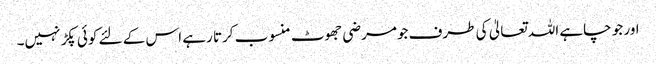
اور جو چاہے اللہ تعالیٰ کی طرف جومرضی جھوٹ منسوب کرتا رہے اس کے لئے کوئی پکڑ نہیں۔